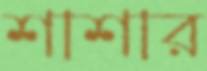
শাশার